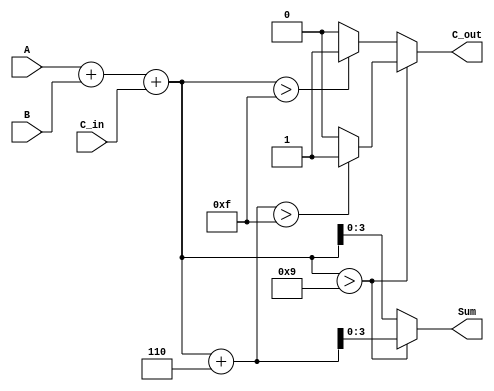
module BCD_Parallel_Adder (
    input  wire [3:0] A,       // 4-bit BCD digit from the first number
    input  wire [3:0] B,       // 4-bit BCD digit from the second number
    input  wire C_in,          // 1-bit carry input
    output reg  [3:0] Sum,     // 4-bit BCD result
    output reg  C_out          // 1-bit carry output
);

    wire [4:0] Sum_bin;        // 5-bit to accommodate carry
    wire correction_needed;     // Flag for correction

    // Step 1: Calculate the binary sum
    assign Sum_bin = A + B + C_in;

    // Step 2: Determine if correction is needed
    assign correction_needed = (Sum_bin > 5'd9);

    // Step 3: Generate the BCD result and carry out
    always @(*) begin
        if (correction_needed) begin
            Sum = Sum_bin + 5'd6;  // Add 6 to correct the BCD
            C_out = (Sum_bin + 5'd6 > 5'd15) ? 1'b1 : 1'b0; // Check for overflow
        end else begin
            Sum = Sum_bin[3:0];     // No correction needed
            C_out = (Sum_bin > 5'd15) ? 1'b1 : 1'b0; // Check for overflow
        end
    end

endmodule